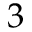
3